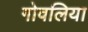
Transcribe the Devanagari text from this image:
गोवलिया